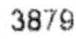
3879